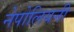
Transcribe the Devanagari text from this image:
नेपोलियनी